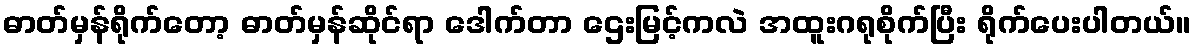
ဓာတ်မှန်ရိုက်တော့ ဓာတ်မှန်ဆိုင်ရာ ဒေါက်တာ ဌေးမြင့်ကလဲ အထူးဂရုစိုက်ပြီး ရိုက်ပေးပါတယ်။